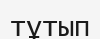
тұтып